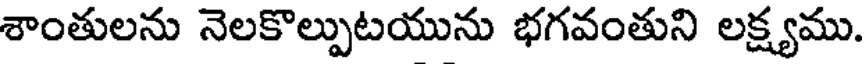
శాంతులను నెలకొల్పుటయును భగవంతుని లక్ష్యము.